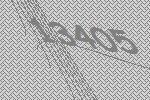
13405